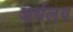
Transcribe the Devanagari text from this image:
अर्थलय